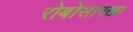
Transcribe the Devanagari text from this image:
रोबोसारखा